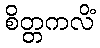
စိတ္တကလိံ